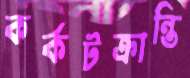
কর্কটক্রান্তি